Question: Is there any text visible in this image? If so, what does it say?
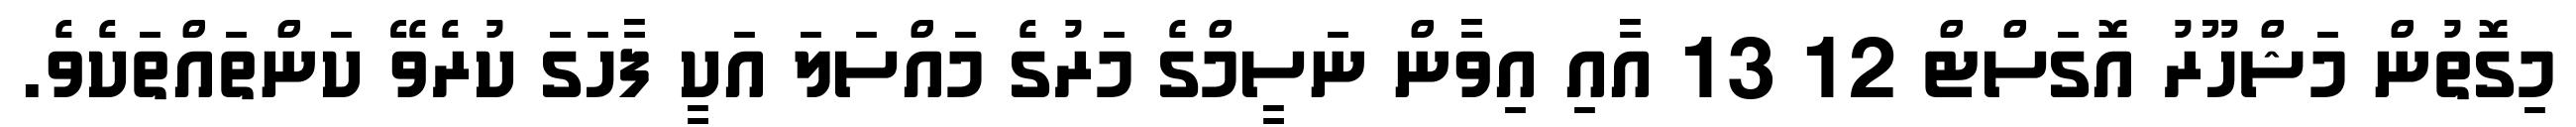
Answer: މިގޮތުން މަޝްހޫރު އޮގަސްޓް 12 13 އާއި އިވާން ނަސީމްގެ މަރުގެ މައްސަލަ އަކީ ފާހަގަ ކުރެވޭ ކަންތައްތަކެވެ.